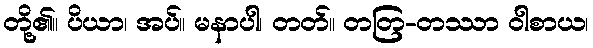
တို့၏။ ပိယာ၊ အပ်။ မနာပါ၊ တတ်။ တတြ-တဿာ ဝါစာယ၊